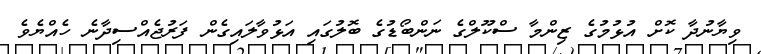
ވިޔާނުދާ ކޮށް އުޅުމުގެ ޒިންމާ ސްކޫލްގެ ނަންބޯޑުގެ ބޮލުގައި އަޅުވާލައިގެން ފަރުޖެއްސިދާނެ ހެއްޔެވެ